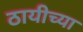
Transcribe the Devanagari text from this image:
ठायीच्या